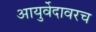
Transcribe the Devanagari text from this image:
आयुर्वेदावरच